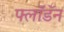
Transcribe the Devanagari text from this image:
फ्लॉडॅन